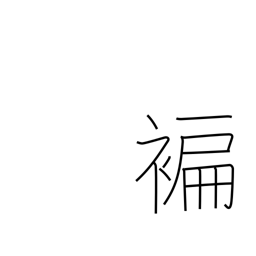
Meaning: narrow